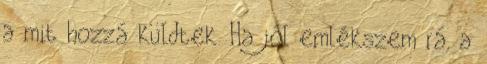
a mit hozzá küldtek. Ha jól emlékszem rá, a